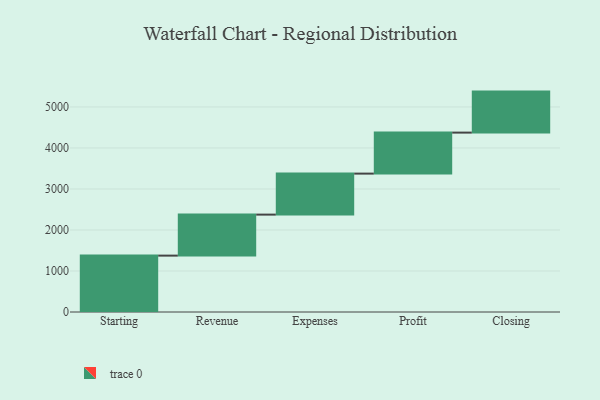
{"axis": {"x": "Step", "y": "Value"}, "legend": [""], "data": [{"x": "Starting", "y": 1375.0, "type": ""}, {"x": "Revenue", "y": 1000, "type": ""}, {"x": "Expenses", "y": 1000, "type": ""}, {"x": "Profit", "y": 1000, "type": ""}, {"x": "Closing", "y": 1000, "type": ""}]}